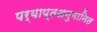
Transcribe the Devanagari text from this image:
पर्याप्तअनुमानित